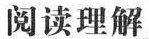
阅读理解